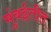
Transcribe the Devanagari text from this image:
मुंबईतीत